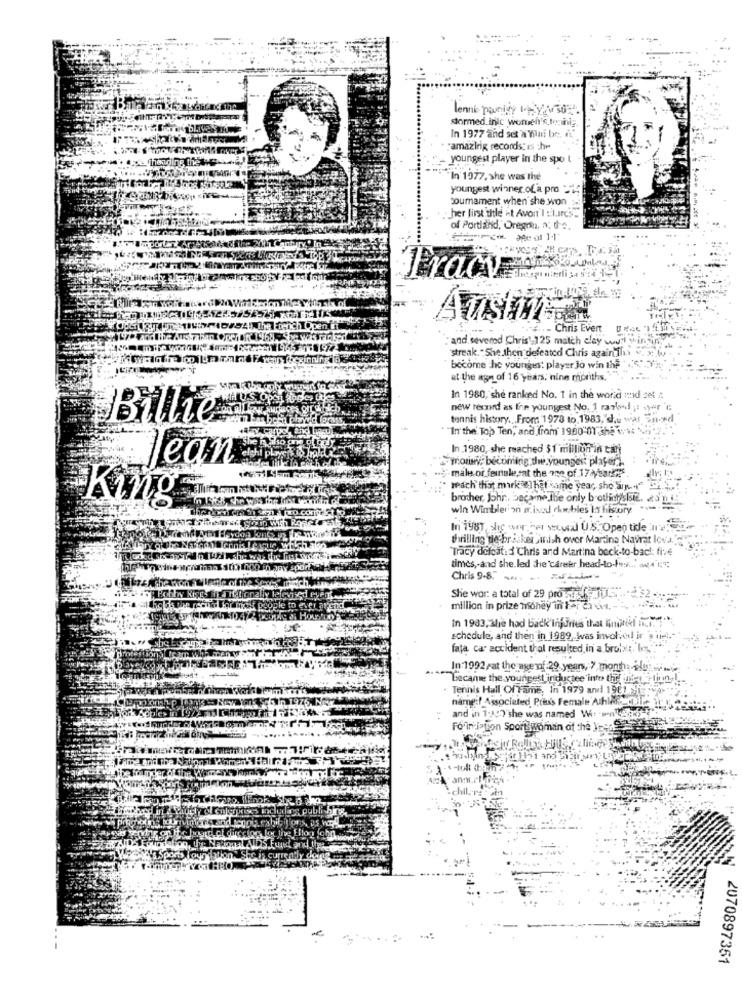
lenne panigy my so2.
stormed.inic women's.tociniz
In 1977 and set a mini br: i.
amazing records: is che-
youngest player in the spo l
"In 1977, she was the
youngest winner of a pro -25
tournament when she won
her first title at Avont'I ELIrcs.
of Portland, Oregon, a: d'e.
Pracy
- Chris Event
: and severed Chris' 125 match clay wil inin
streak." She then defeated Chris again"This .
become the youngest player Jo win the
at the age of 16 years, nine months."
In 1980, she ranked No. 1 in the world mid set
new record as fine youngest No. 1 raskml ;! ayer"";
Billie
tennis history. . From 1978 to 1983, she was Theed
" "In the' Top Ten, and from 1900"01 the v:
In.1980, she reached $ 1 million in cari
lean
moriwy, becoming dw youngest player).
-male of feinsle,sat the one of 17/year !? "
· reach that mark That same year, sho Spr" .
Kìňg
brother, Johr, became the only bothich sBie. 25'n1:
win Wimblerion mixed chebles In history
In 1987, she wer her seytal U.S. Open tide Ile.
thrilling de braikersinish over Martina Navrat lova.
Tracy delcat: d'Chris and Martina bock-to-back: five
times,and she. led the career headtofix: 04 :
Chris 9-8. ....
She wor: a total of 29 pro safe juss;
million in prize money in ter ea Girl. -
In 1983, 3he had back'Injuries that limitekl int ..
schedule, and then in 1989, was involved in
fala car accident thal resulted in a brobu. I
In:1992 ,at the age of-29 years, 7 month: ślu
became the youngest inductee into theunited y linn !
Tennis Hall Of Fame, In 1979 and 1981
nameil Associated Press Female Athlete
and in 1-307"she was named W: wen 433
Foriniation Sport Woman of the Joy:
2070897351